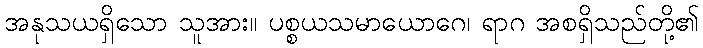
အနုသယရှိသော သူအား။ ပစ္စယသမာယောဂေ၊ ရာဂ အစရှိသည်တို့၏